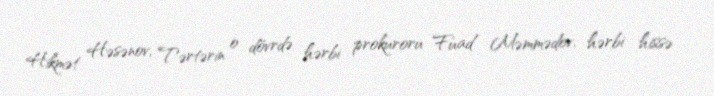
Hikmət Həsənov, Tərtərin o dövrdə hərbi prokuroru Fuad Məmmədov, hərbi hissə